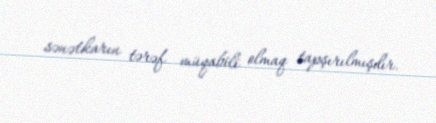
sənətkarın tərəf müqabili olmaq tapşırılmışdır.